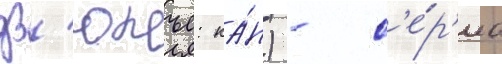
дз'юнъе: ка́н) - с'е́р'иа